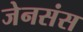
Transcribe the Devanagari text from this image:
जेनसंस